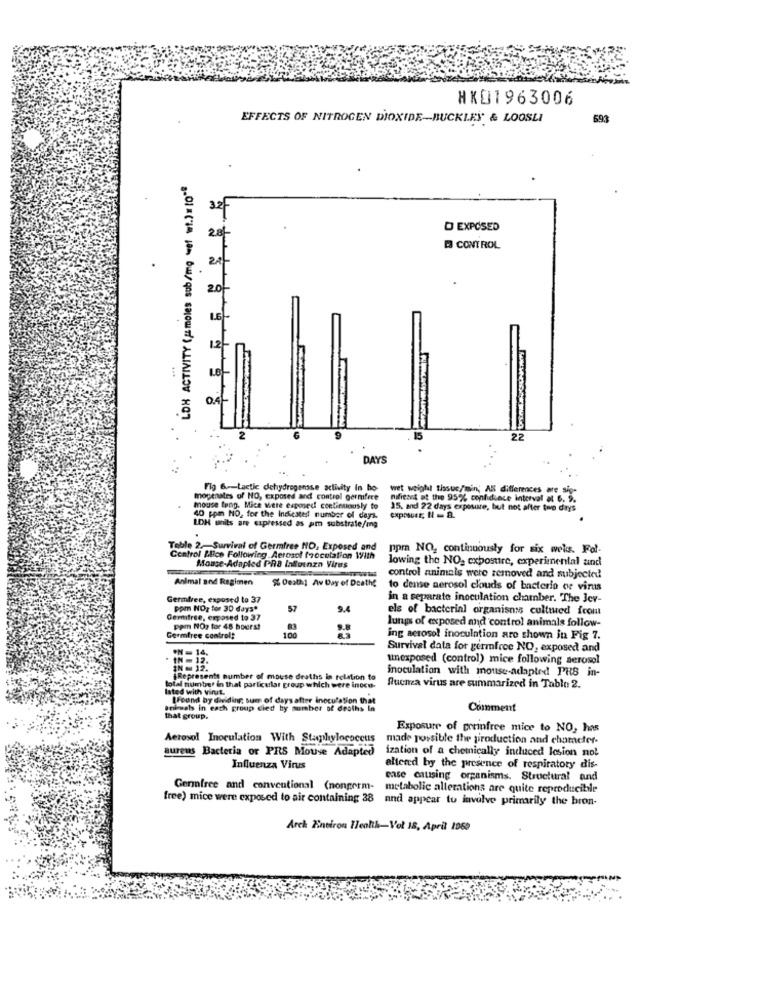
HX01963006
EFFECTS OF NITROGEN DIOXIDE-BUCKLES & LOOSLI
693
LOH ACTIVITY (jamoles sub/mo wel wt.)" to""
D EXPOSED
CONTROL
22
DAYS
Flg 6 -- Lactic dehydrogensse activity In ho
wet weight tissuc/min; AN differences are sig-
mopenates of HO, exposed and control germfire
nificant at the 95% confidence interval at 6. 9.
mouse tung. Mice were exposed continiously to
25. and 22 days exposure, but not after two days
40 ppm NO, for the Indicates number of days.
LOH units are expressed as pm substrate/mg
Toble 2 .- Survival of Germiree NO, Exposed and
ppm NO, continuously for six weks. Fol-
Control Alice Following Aerosol froculation With
Mouse-Adapted PRS Influenza Virus
lowing the NO, exposure, experimental and
Animal and Regimen
" Death] Av Day of Death?
control animals were removed and subjected
to demse aerosol clouds of bacterio ce virus
Germiree, exposed to 37
in a separate inoculation chamber. The Jev-
ppm NOz for 30 days*
57
9.4
els of bacterial organismes cultured from
Gemifree, exposed to 37
lungs of exposed and control animals follow-
ppm NO: for 48 hours!
Germfree control!
100
ing aerosol inoculation are shown in Fig 7.
PN = 14,
Survival data for germfree NO, exposed and
unexposed (control) mice following aerosol
IN = 12.
inoculation with mouse-adapted PRS in-
Represents number of mouse deaths in relation to
Isted with virut.
total number in that particular group which were inoco-
fluenza virus are summarized in Table 2.
[Found by dividing sum of days after inoculation that
Animals in each group died by number of deaths In
Comment
that group.
Exposure of perinfree mice to NO, has
Aerosol Inoculation With Staphylococcus
made possible the production and character-
aureus Bacteria or PRS Mouse Adapted
ization of a chemically induced losion not
Influenza Virus
altered by the presence of respiratory dis-
case causing organisms. Structural and
Genfree and conventional (nonperm-
metabolic allerations are quite reproducible
free) mice were exposed to air containing 38
and appear to involve primarily the bron-
Arch Environ Health-Vol 18, April 1969